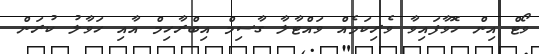
ވޯޓް އިން ހޮވާފައިވާ ވެެރިކަމެއް ވައްޓާލާ ގާސިމް އިބްރާހިމް އާއި ހަވާލު ކުރަން